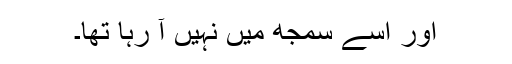
اور اسے سمجھ میں نہیں آ رہا تھا۔